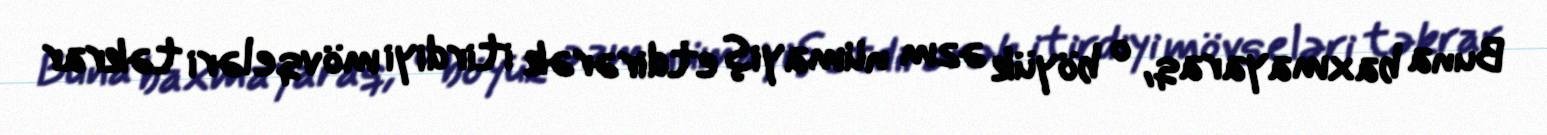
Buna baxmayaraq, o böyük əzm nümayiş etdirərək itirdiyi mövqeləri təkrar